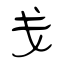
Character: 戋